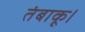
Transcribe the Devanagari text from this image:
तंबाकू।